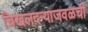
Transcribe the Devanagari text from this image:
चिखलदऱ्याजवळची